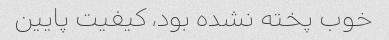
خوب پخته نشده بود، کیفیت پایین